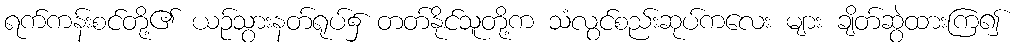
ရက်ကန်းစင်တို့၏ ယဉ်သွားနတ်ရုပ်၌ တတ်နိုင်သူတို့က သံလွင်စည်းဆုပ်ကလေး များ ချိတ်ဆွဲထားကြ၍